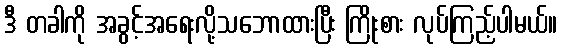
ဒီ တခါကို အခွင့်အရေးလို့သဘောထားပြီး ကြိုးစား လုပ်ကြည့်ပါမယ်။